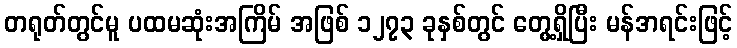
တရုတ်တွင်မူ ပထမဆုံးအကြိမ် အဖြစ် ၁၂၇၃ ခုနှစ်တွင် တွေ့ရှိပြီး မန်ဒာရင်းဖြင့်